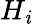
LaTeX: H_{\mathit{i}}